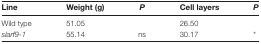
<table><thead><tr><td><b>Line</b></td><td><b>Weight (g)</b></td><td><b><i>P</i></b></td><td><b>Cell layers</b></td><td><b><i>P</i></b></td></tr></thead><tbody><tr><td>Wild type</td><td>51.05</td><td></td><td>26.50</td><td></td></tr><tr><td><i>slarf9-1</i></td><td>55.14</td><td>ns</td><td>30.17</td><td>*</td></tr></tbody></table>